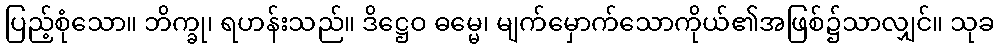
ပြည့်စုံသော။ ဘိက္ခု၊ ရဟန်းသည်။ ဒိဋ္ဌေဝ ဓမ္မေ၊ မျက်မှောက်သောကိုယ်၏အဖြစ်၌သာလျှင်။ သုခ